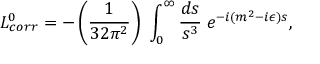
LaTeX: { \cal L } _ { c o r r } ^ { 0 } = - \left( { \frac { 1 } { 3 2 \pi ^ { 2 } } } \right) \; \int _ { 0 } ^ { \infty } { \frac { d s } { s ^ { 3 } } } \; e ^ { - i ( m ^ { 2 } - i \epsilon ) s } ,